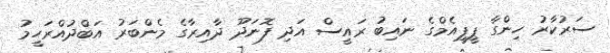
ސަރުކާރު ހިންގާ ޕީޕީއެމްގެ ނައިބު ރައީސް އަދި ފޮނަދޫ ދާއިރާގެ މެންބަރު އަބްދުއްރަހީމު